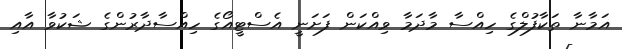
އަމާނާ ތަކާފުލްގެ ހިއްސާ މާދަމާ ވިއްކަން ފަށަނީ އެސްޓީއޯގެ ހިއްސާދާރުންގެ ޝަކުވާ އާއި